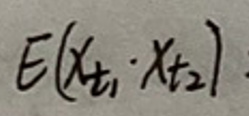
$E ( x _ { t _ { 1 } } \cdot x _ { t _ { 2 } } )$